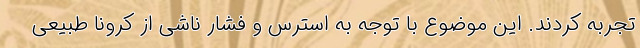
تجربه کردند. این موضوع با توجه به استرس و فشار ناشی از کرونا طبیعی